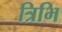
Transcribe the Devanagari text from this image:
त्रिभि